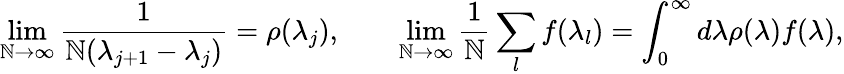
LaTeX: \operatorname*{lim}_{\mathbb{N}\to\infty}\frac{{1}}{{\mathbb{N}(\lambda_{j+1}-\lambda_{j})}}=\rho(\lambda_{j}),\qquad\operatorname*{lim}_{\mathbb{N}\to\infty}\frac{{1}}{{\mathbb{N}}}\sum_{l}f(\lambda_{l})=\int_{0}^{\infty}d\lambda\rho(\lambda)f(\lambda),